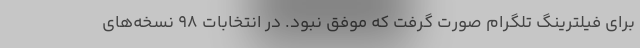
براي فيلترينگ تلگرام صورت گرفت كه موفق نبود. در انتخابات 98 نسخه‌هاي